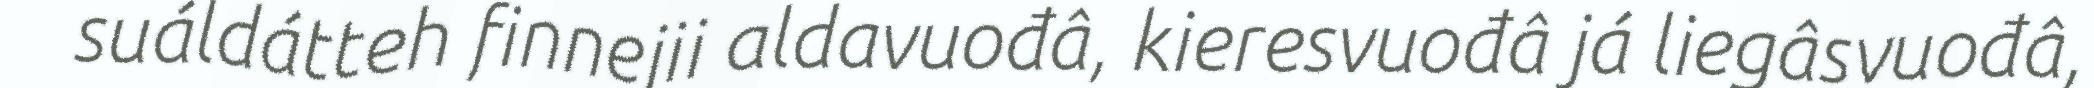
suáldátteh finnejii aldavuođâ, kieresvuođâ já liegâsvuođâ,